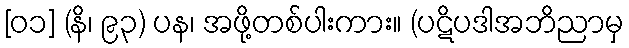
[၀၁] (နိ၊ ၉၃) ပန၊ အဖို့တစ်ပါးကား။ (ပဋိပဒါအဘိညာမှ